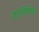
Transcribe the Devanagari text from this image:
जातिविवेक